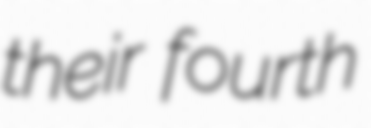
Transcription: their fourth